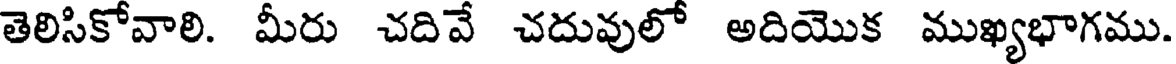
తెలిసికోవాలి. మీరు చదివే చదువులో అదియొక ముఖ్యభాగము.